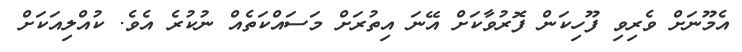
އެމޫނަށް ވެރިވި ފޫހިކަން ފޮރުވާކަށް އޭނަ އިތުރަށް މަސައްކަތެއް ނުކުރެ އެވެ. ކުއްލިއަކަށް